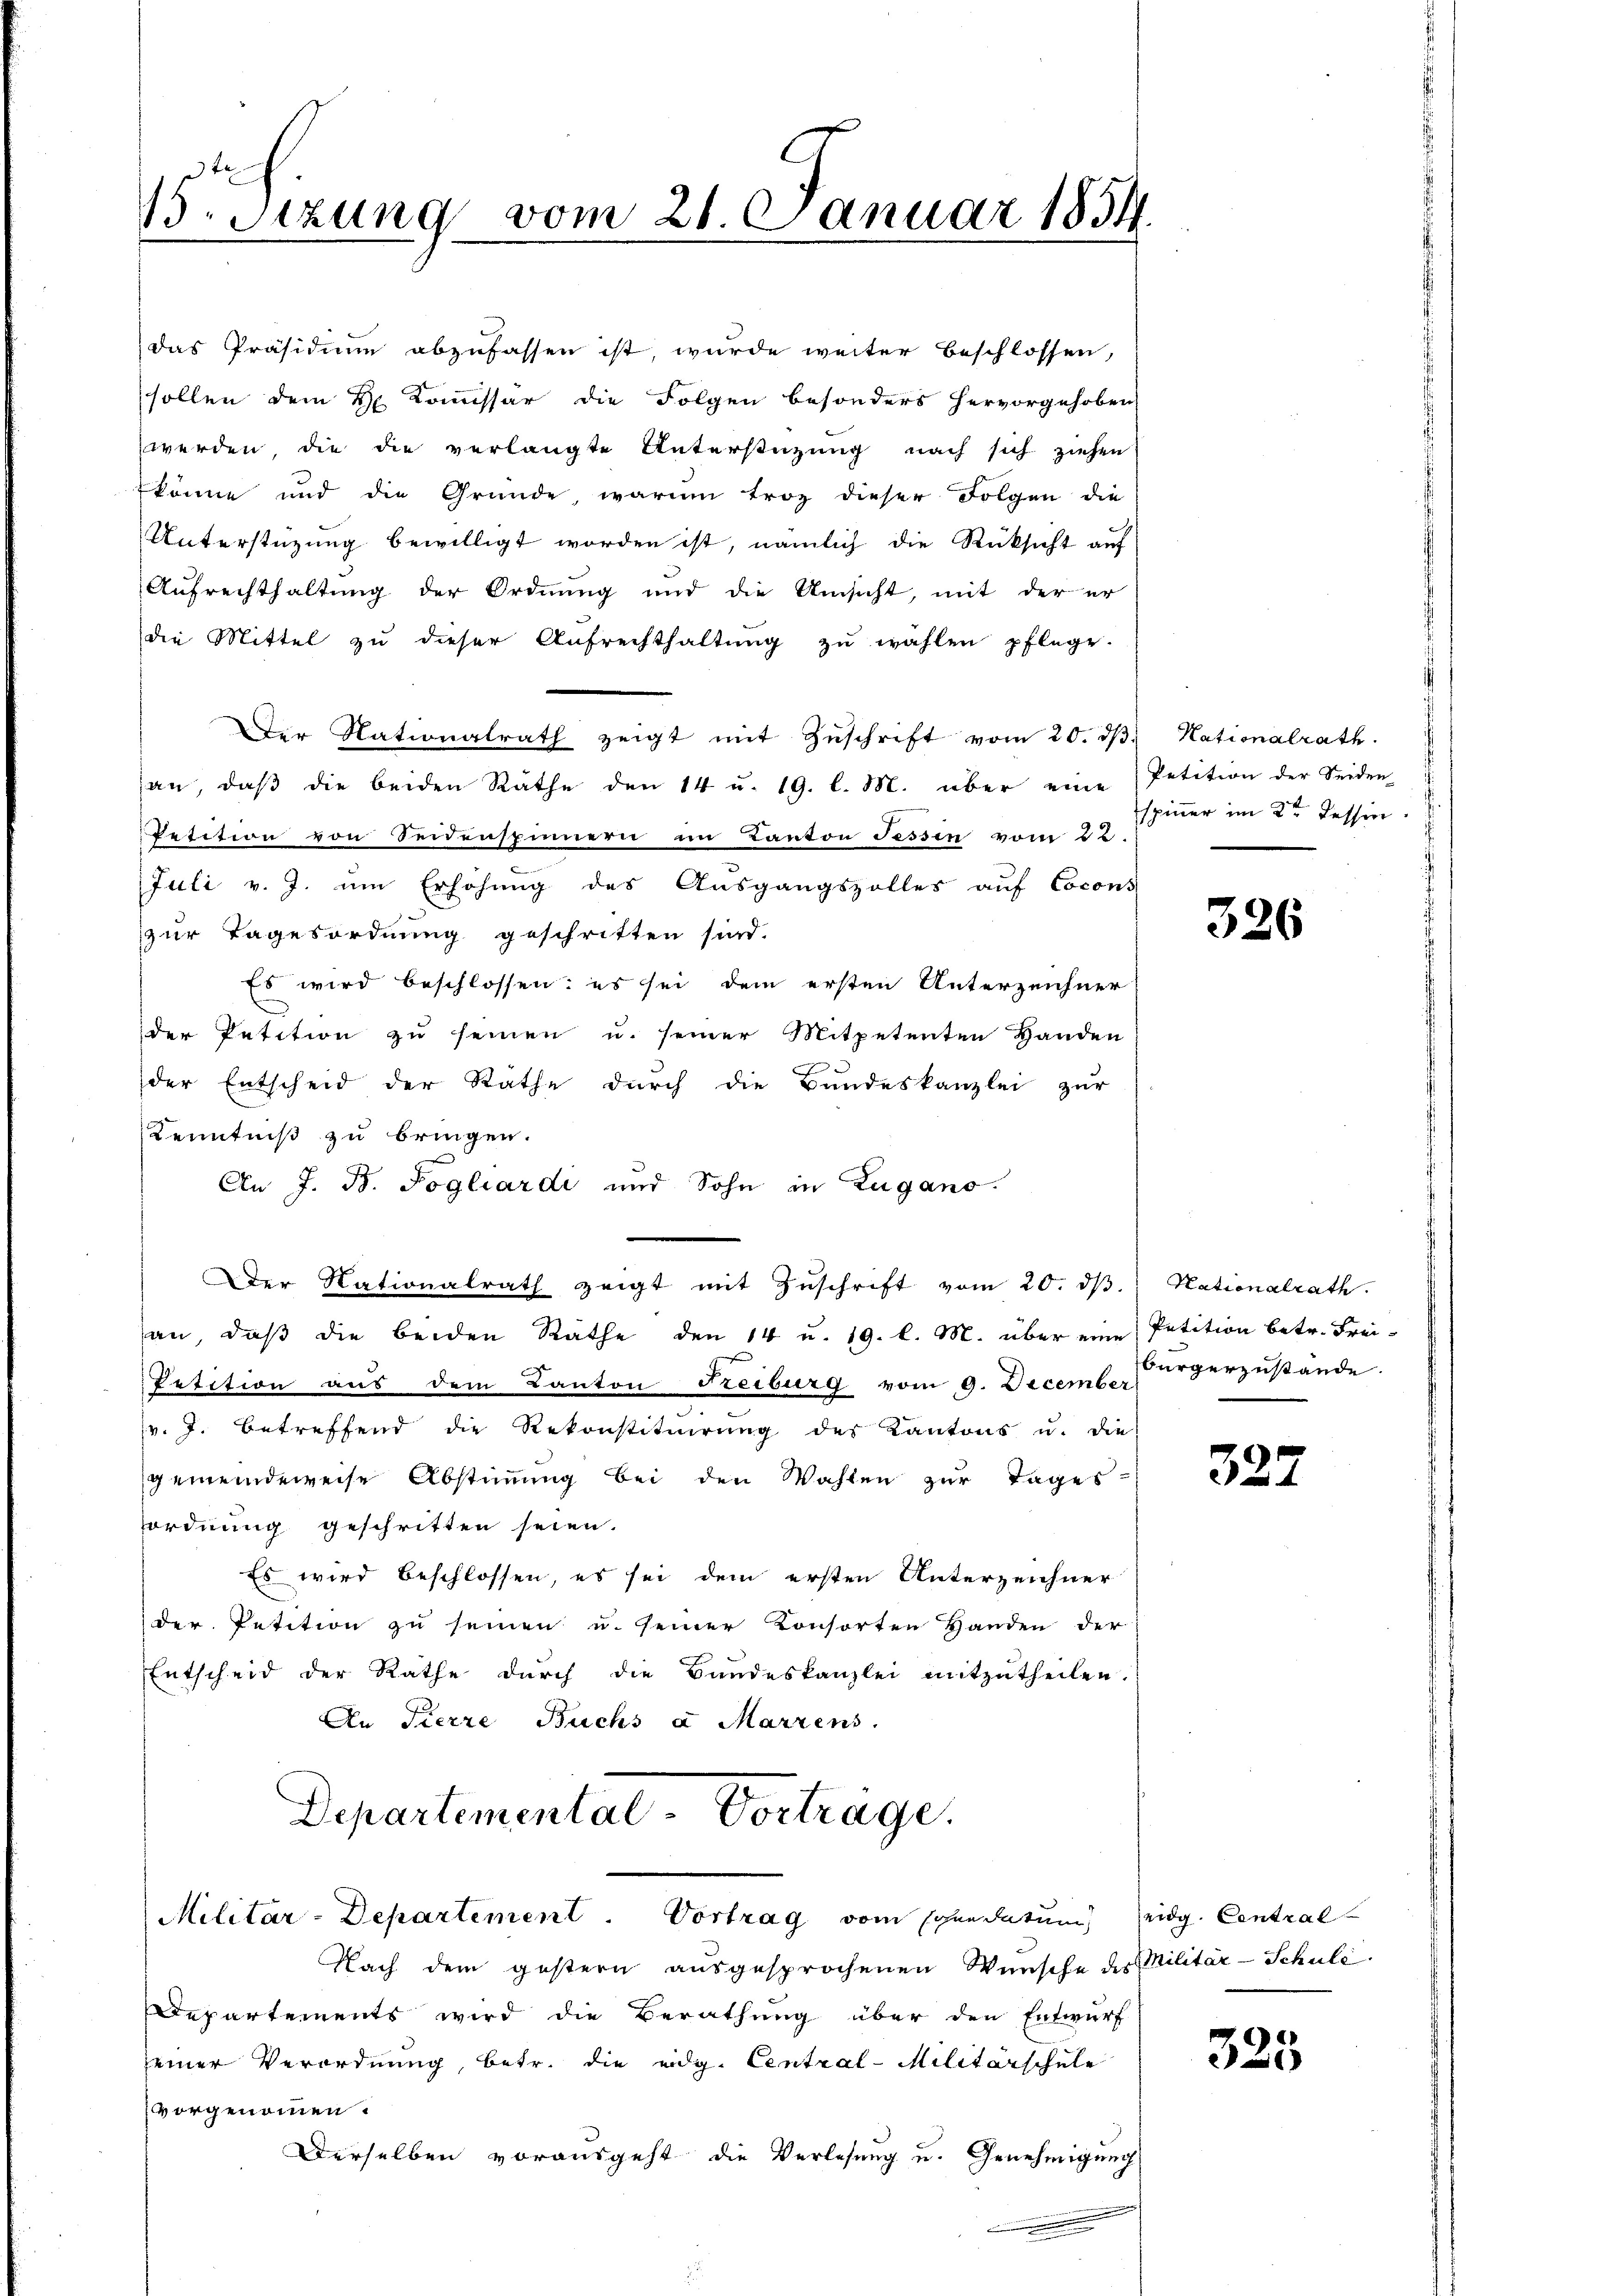
15. Sizung vom 21. Januar 1854.

das Präsidium abzufassen ist, wurde weiter beschlossen,
sollen dem H. Kommissär die Folgen besonders hervorgehoben
werden, die die verlangte Unterstützung nach sich ziehen
könne und die Gründe, warum troz dieser Folgen die
Unterstüzung bewilligt worden ist, nämlich die Rücksicht auf
Aufrechthaltung der Ordnung und die Umsicht, mit der er
die Mittel zu dieser Aufrechthaltŭng zŭ wählen pflege.
Der Nationalrath zeigt mit Zŭschrift vom 20. dβ. Nationalrath
an, daβ die beiden Räthe den 14 u. 19. l. M. über eine Petition der Seiden-
Petition von Seidenspinnern im Kanton Tessin vom 22.
Juli v. J. um Erhöhung des Ausgangszolles auf Cocons
zur Tagesordnung geschritten sind.
Es wird beschlossen: es sei dem ersten Unterzeichner
der Petition zu seinen u. seiner Mitpetenten Handen
der Entscheid der Rathe durch die Bundeskanzlei zur
Kenntniß zu bringen.
An J. B. Pogliardi und Sohn in Zugano.
an, daß die beiden Rathe den 14 u. 19. l. M. über eine Petition betr. Frei-
Petition aus dem Kanton Freiburg vom 9. December verzustände.
v. J. betreffend die Rekonstituirung des Kantons u. die
gemeindeweise Abstimmung bei den Wahlen zur Tages
ordnung geschritten seien.
Es wird beschlossen, es sei dem ersten Unterzeichner
der Petition zu seinen u. seiner Konsorten Handen der
Entscheid der Rathe durch die Bandeskanzlei mitzutheilen.
An Tierre Buchs a Marzens.
Departemental-Vortrage.
Militär-Departement. Vortrag vom Schandatum eidg. Central
Nach dem gestern ausgesprochenen Wünsche des Militär-Schule.
Departements wird die Berathung über den Entwurf
seiner Verordnung, betr. die eidg. Central-Militärschule
vorgenommen.
Derselben vorausgeht die Verlesung u. Genehmigung

Der Nationalrath zeigt mit Zŭschrift vom 20. dβ. Nationalrath.

spinner im 2ten Tessin.

326

327

325